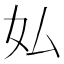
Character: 𫰇